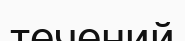
течений